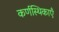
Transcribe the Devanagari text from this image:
कर्णस्थिकाएँ